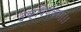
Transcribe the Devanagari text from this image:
दक्षिणकरा।।।